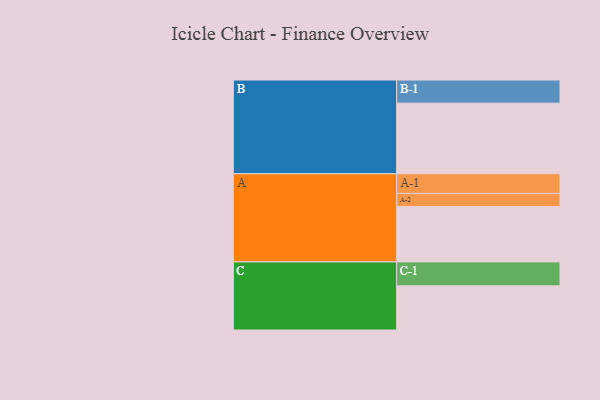
{"axis": {"x": "Segment", "y": "Value"}, "legend": ["", "A", "B", "C"], "data": [{"x": "A", "y": 466, "type": ""}, {"x": "B", "y": 595, "type": ""}, {"x": "C", "y": 372, "type": ""}, {"x": "A-1", "y": 166, "type": "A"}, {"x": "A-2", "y": 111, "type": "A"}, {"x": "B-1", "y": 195, "type": "B"}, {"x": "C-1", "y": 202, "type": "C"}]}